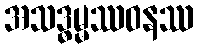
အသဒ္ဓမ္မဿဝနဿ